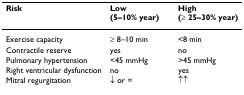
| Risk | Low (5–10% year) | High (≥ 25–30% year) |
 | --- | --- | --- |
 | Exercise capacity | ≥ 8–10 min | <8 min |
 | Contractile reserve | yes | no |
 | Pulmonary hypertension | <45 mmHg | >45 mmHg |
 | Right ventricular dysfunction | no | yes |
 | Mitral regurgitation | ↓ or = | ↑↑ |